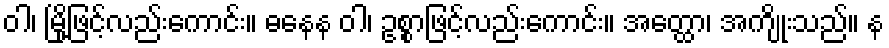
ဝါ၊ မြို့ဖြင့်လည်းကောင်း။ ဓနေန ဝါ၊ ဥစ္စာဖြင့်လည်းကောင်း။ အတ္ထော၊ အကျိုးသည်။ န